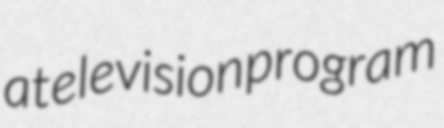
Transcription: a television program